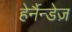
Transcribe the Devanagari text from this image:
हेर्नैन्डेज़